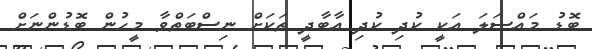
ބޮޑު މައްސަލަ އަކީ ކުދި ކުދި އާބާދީ ތަކަށް ނިސްބަތްވާ މީހުން ބޮޑުންނަށް